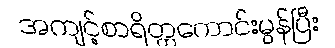
အကျင့်စာရိတ္တကောင်းမွန်ပြီး